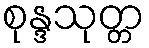
စုန္ဒသုတ္တ